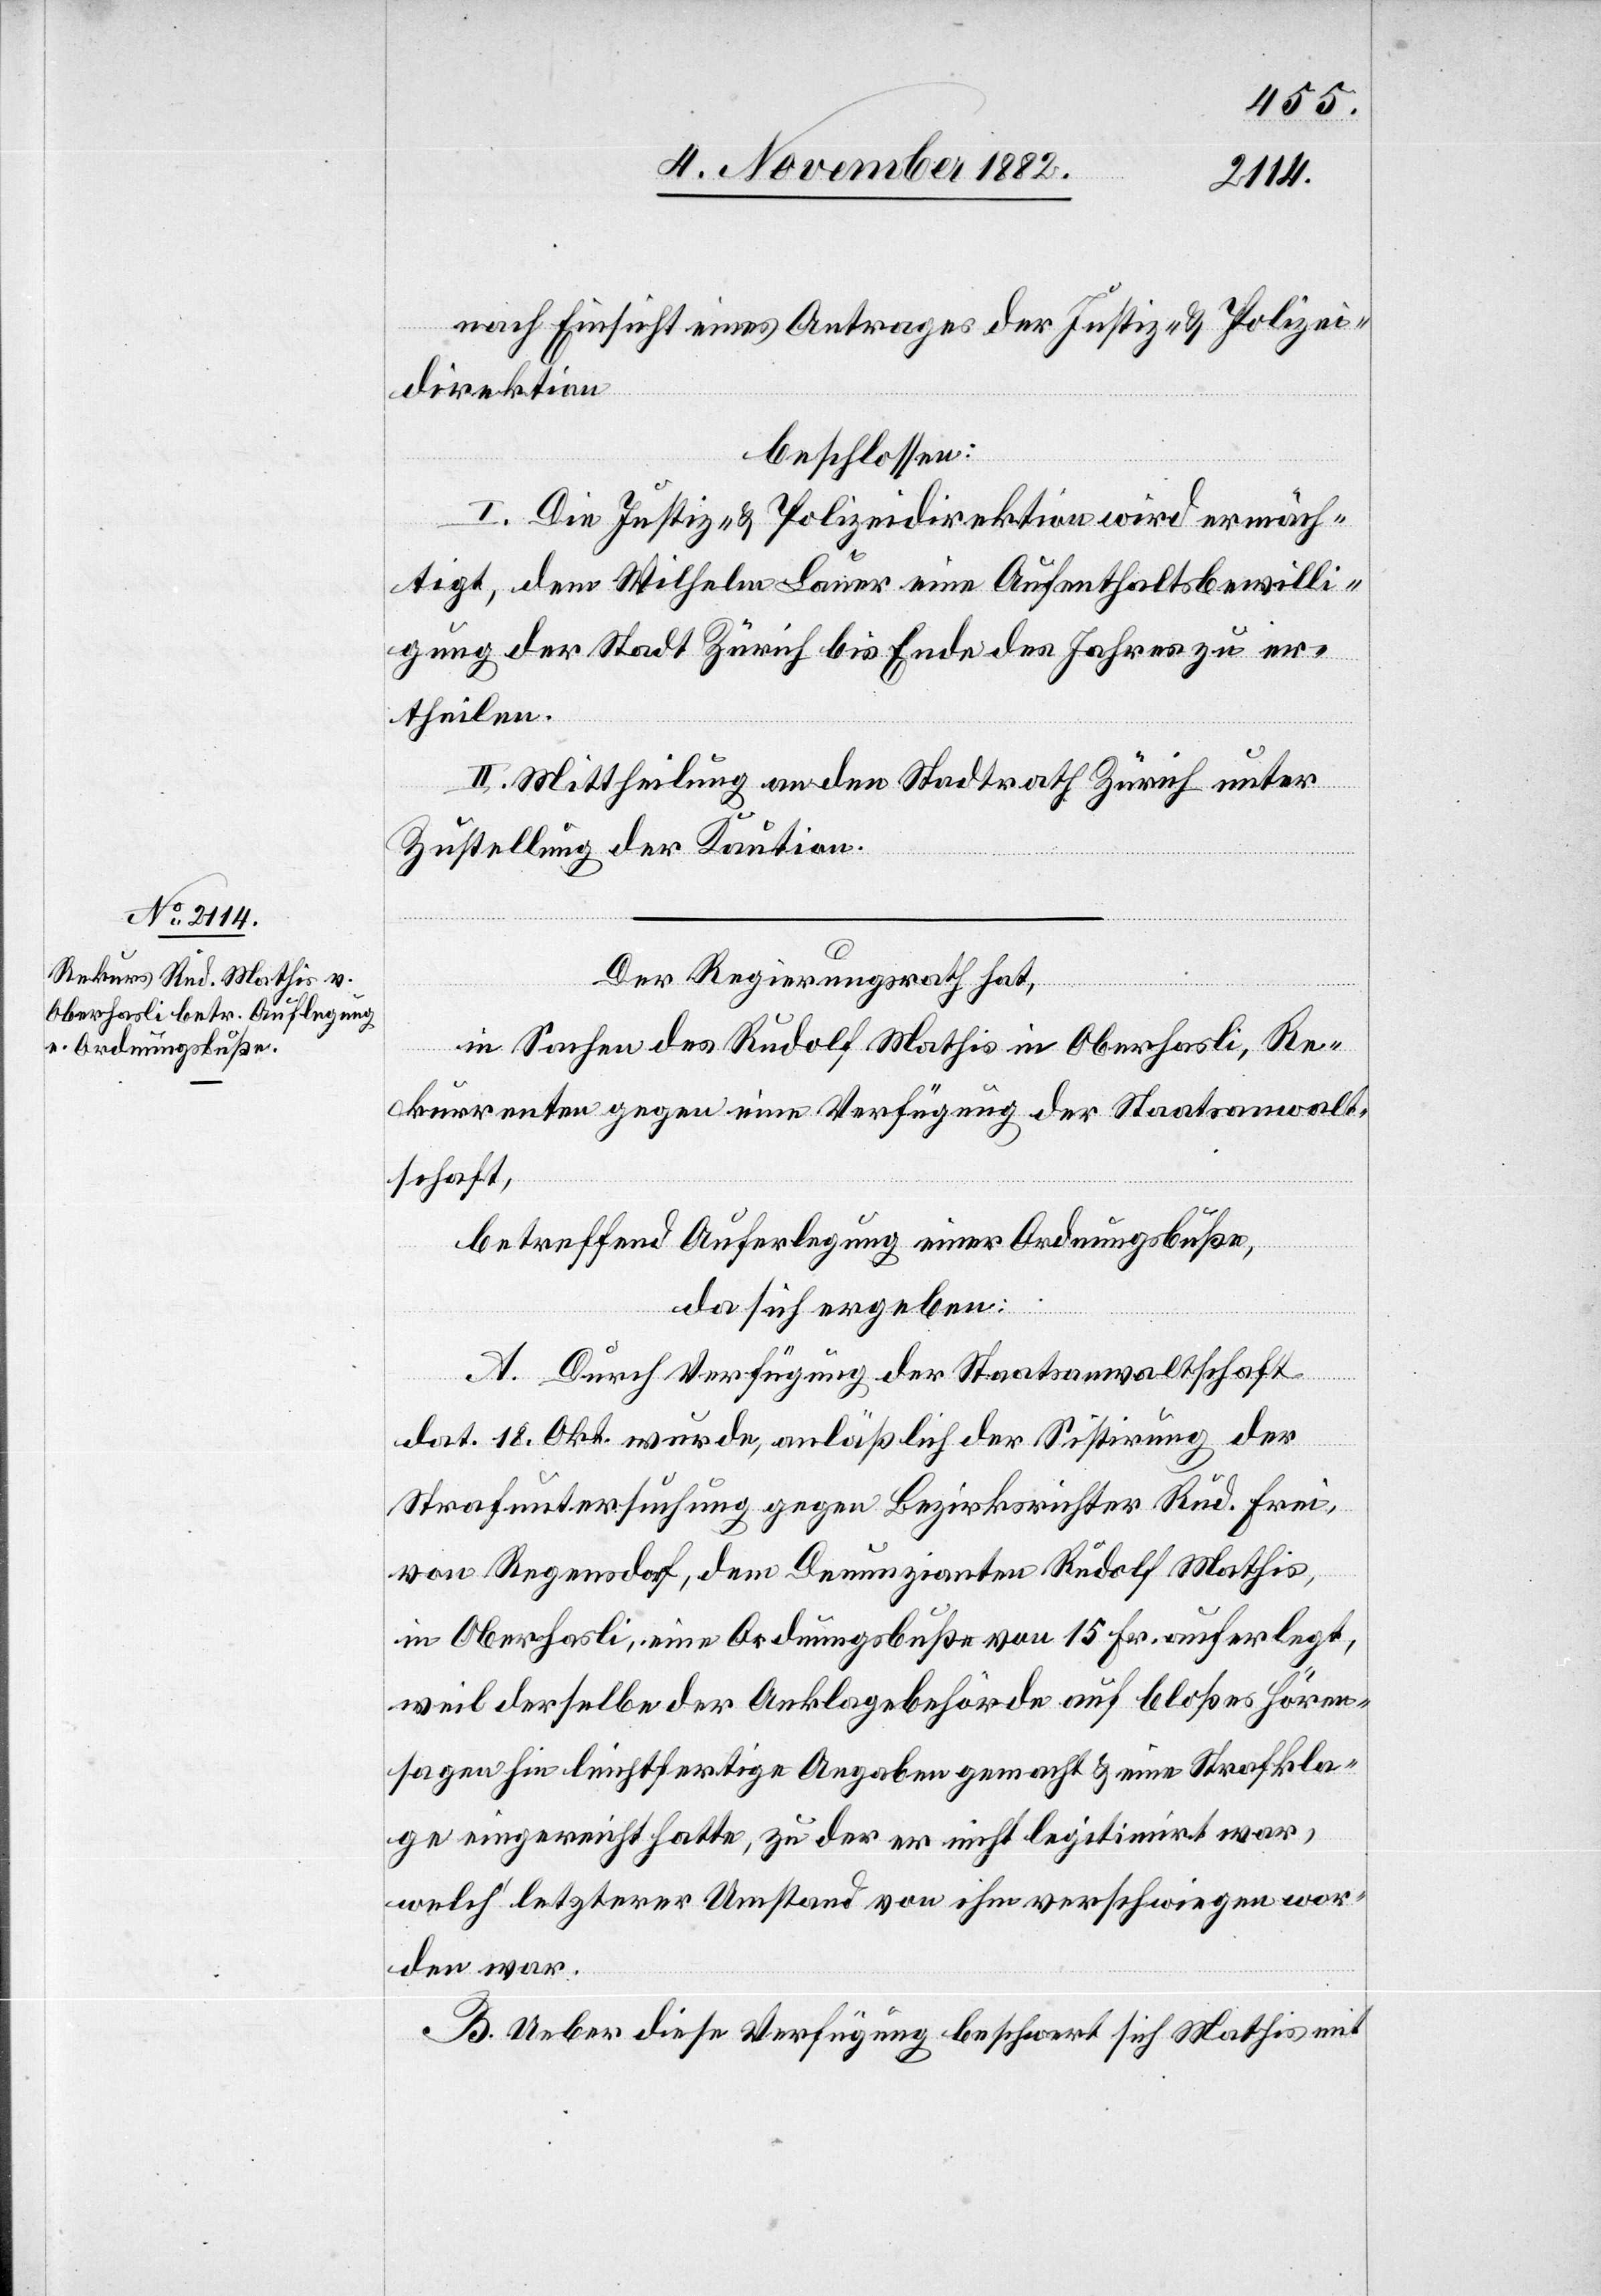
nach Einsicht eines Antrages der Justiz- & Polizei¬
direktion,
beschlossen:
I. Die Justiz- & Polizeidirektion wird ermäch¬
tigt, dem Wilhelm Bauer eine Aufenthaltsbewilli¬
gung der Stadt Zürich bis Ende des Jahres zu er¬
theilen.
II. Mittheilung an den Stadtrath Zürich unter
Zustellung der Kaution.
Der Regierungsrath hat,
in Sachen des Rudolf Mathis in Oberhasli, Re¬
kurrenten gegen eine Verfügung der Staatsanwalt¬
schaft,
betreffend Auferlegung einer Ordnungsbuße,
da sich ergeben:
A. Durch Verfügung der Staatsanwaltschaft
dat. 18. Okt. wurde, anläßlich der Sistirung der
Strafuntersuchung gegen Bezirksrichter Rud. Frei,
von Regensdorf, dem Denunzianten Rudolf Mathis,
in Oberhasli, eine Ordnungsbuße von 15 Fr. auferlegt,
weil derselbe der Anklagebehörde auf bloßes Hören¬
sagen hin leichtfertige Angaben gemacht & eine Strafkla¬
ge eingereicht hatte, zu der er nicht legitimirt war,
welch letzterer Umstand von ihm verschwiegen wor¬
den war.
B. Ueber diese Verfügung beschwert sich Mathis mit